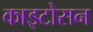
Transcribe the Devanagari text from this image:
काइटोसन